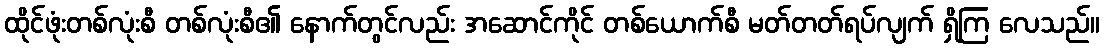
ထိုင်ဖုံးတစ်လုံးစီ တစ်လုံးစီ၏ နောက်တွင်လည်း အဆောင်ကိုင် တစ်ယောက်စီ မတ်တတ်ရပ်လျက် ရှိကြ လေသည်။